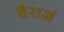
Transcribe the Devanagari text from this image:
वैराजं